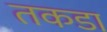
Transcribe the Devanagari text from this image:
तकडा